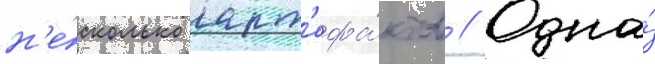
н'е́сколько арт'ефа́ктов // Одна́